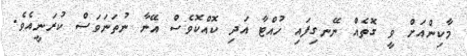
މާކިންއަށް ވީ ގޮތެއް ނޭނގިފައި ހުއްޓާ އަދި ކޮއްކޮވެސް އޭނާ ނުތަނަވަސް ކުރަނީއެވެ.